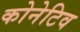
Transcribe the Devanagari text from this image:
कोनेटिव